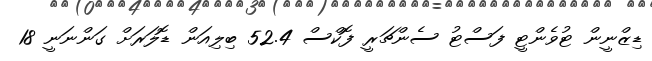
ޑިޒްނީން ޓުވެންޓީ ފަސްޓު ސެންޗަރީ ފޮކްސް 52.4 ބިިލިއަން ޑޮލަރަށް ގަންނަނީ 18